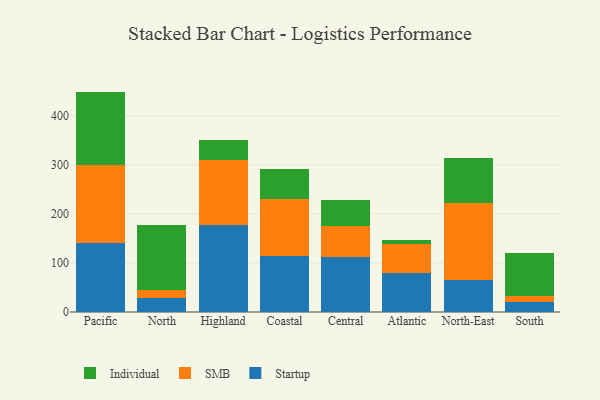
{"axis": {"x": "Region", "y": "Energy Usage (MWh)"}, "legend": ["Individual", "SMB", "Startup"], "data": [{"x": "Pacific", "y": 140.3, "type": "Startup"}, {"x": "Pacific", "y": 159.1, "type": "SMB"}, {"x": "Pacific", "y": 149.6, "type": "Individual"}, {"x": "North", "y": 29.1, "type": "Startup"}, {"x": "North", "y": 16.0, "type": "SMB"}, {"x": "North", "y": 132.9, "type": "Individual"}, {"x": "Highland", "y": 177.6, "type": "Startup"}, {"x": "Highland", "y": 132.6, "type": "SMB"}, {"x": "Highland", "y": 41.1, "type": "Individual"}, {"x": "Coastal", "y": 114.3, "type": "Startup"}, {"x": "Coastal", "y": 116.5, "type": "SMB"}, {"x": "Coastal", "y": 60.3, "type": "Individual"}, {"x": "Central", "y": 111.9, "type": "Startup"}, {"x": "Central", "y": 64.2, "type": "SMB"}, {"x": "Central", "y": 51.1, "type": "Individual"}, {"x": "Atlantic", "y": 80.0, "type": "Startup"}, {"x": "Atlantic", "y": 58.0, "type": "SMB"}, {"x": "Atlantic", "y": 8.7, "type": "Individual"}, {"x": "North-East", "y": 65.8, "type": "Startup"}, {"x": "North-East", "y": 155.4, "type": "SMB"}, {"x": "North-East", "y": 92.0, "type": "Individual"}, {"x": "South", "y": 21.4, "type": "Startup"}, {"x": "South", "y": 11.6, "type": "SMB"}, {"x": "South", "y": 88.0, "type": "Individual"}]}